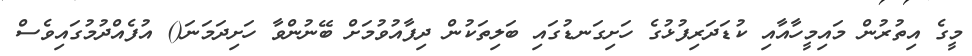
މީގެ އިތުރުން މައިމީހާއާއި ކުޑަދަރިފުޅުގެ ހަށިގަނޑުގައި ބަލިތަކުން ދިފާއުވުމަށް ބޭނުންވާ ހަށިދަމަނަ() އުފެއްދުމުގައިވެސް